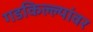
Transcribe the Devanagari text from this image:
गडकिल्ल्यांवर